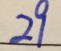
2 9